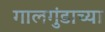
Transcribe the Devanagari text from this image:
गालगुंडाच्या